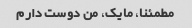
مطمئنا، مایک، من دوست دارم